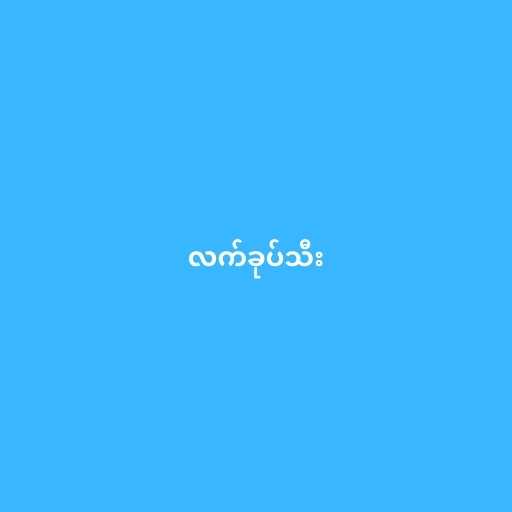
လက်ခုပ်သီး